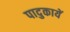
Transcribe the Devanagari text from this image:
पादुकायें